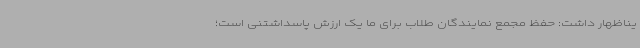
یناظهار داشت: حفظ مجمع نمایندگان طلاب برای ما یک ارزش پاسداشتنی است؛